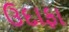
ઉદાફા